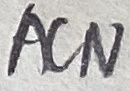
Text: ACN